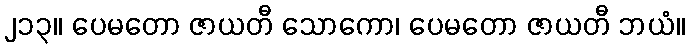
၂၁၃။ ပေမတော ဇာယတီ သောကော၊ ပေမတော ဇာယတီ ဘယံ။